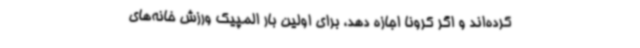
کرده‌اند و اگر کرونا اجازه دهد، برای اولین بار المپیک ورزش خانه‌های